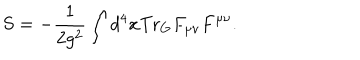
LaTeX: S = - \frac { 1 } { 2 g ^ { 2 } } \int d ^ { 4 } x \mathrm { T r } _ { G } F _ { \mu \nu } F ^ { \mu \nu } .